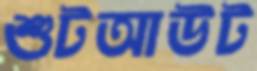
শুটআউট